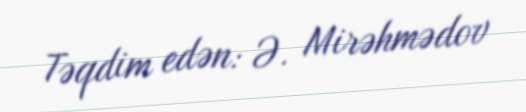
Təqdim edən: Ə. Mirəhmədov